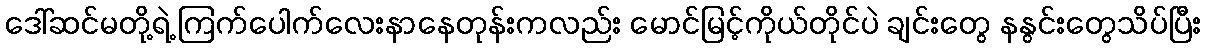
ဒေါ်ဆင်မတို့ရဲ့ ကြက်ပေါက်လေးနာနေတုန်းကလည်း မောင်မြင့်ကိုယ်တိုင်ပဲ ချင်းတွေ နနွင်းတွေသိပ်ပြီး